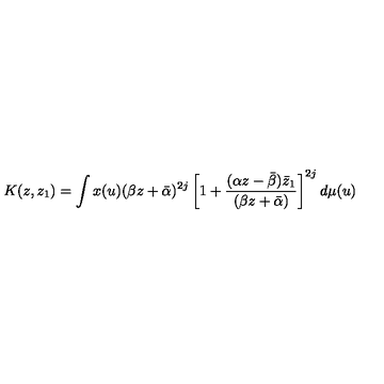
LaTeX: K ( z , z _ { 1 } ) = \int x ( u ) ( \beta z + \bar { \alpha } ) ^ { 2 j } \left[ 1 + \frac { ( \alpha z - \bar { \beta } ) \bar { z } _ { 1 } } { ( \beta z + \bar { \alpha } ) } \right] ^ { 2 j } d \mu ( u )